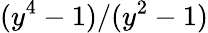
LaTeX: (y^{4}-1)/(y^{2}-1)